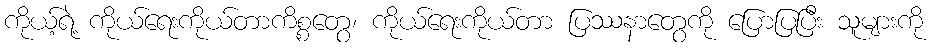
ကိုယ့်ရဲ့ ကိုယ်ရေးကိုယ်တာကိစ္စတွေ၊ ကိုယ်ရေးကိုယ်တာ ပြဿနာတွေကို ပြောပြပြီး သူများကို